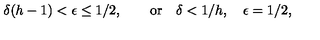
\delta ( h - 1 ) < \epsilon \leq 1 / 2 , \qquad \mathrm { o r } \quad \delta < 1 / h , \quad \epsilon = 1 / 2 ,